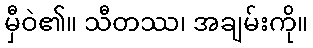
မှီဝဲ၏။ သီတဿ၊ အချမ်းကို။